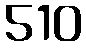
510